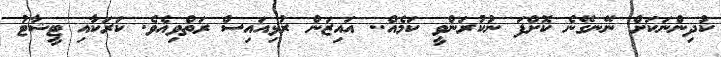
ކުދިންނަކަށް ނޭނގޭނެ ކޮށްފަ ނުކުރަންވީ ކަމެއް.. އައިޒަން ރުޅިއައިސް ރަތްވިއެވެ. ކަރަކާއި ޓީޝާޓު